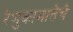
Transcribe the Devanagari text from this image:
रेणुकामातेचे